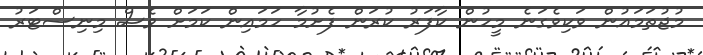
މުޖުތަމައުން ވަކިވެގަނެ މީހުން ކާފަރު ކުރަން ފެށުމާ ހަމައިން ކަމަށް ވެސް މިނިސްޓަރު